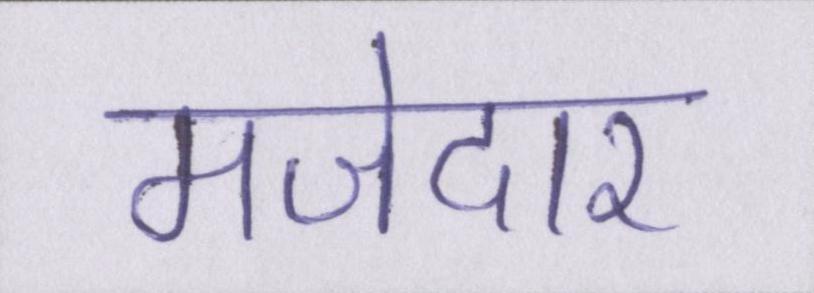
मजेदार